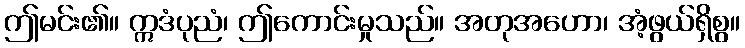
ဤမင်း၏။ ဣဒံပုညံ၊ ဤကောင်းမှုသည်။ အတုအဟော၊ အံ့ဖွယ်ရှိစွ။